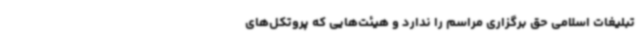
تبلیغات اسلامی حق برگزاری مراسم را ندارد و هیئت‌هایی که پروتکل‌های